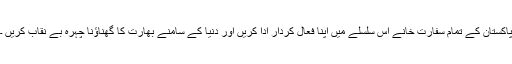
پاکستان کے تمام سفارت خانے اس سلسلے میں اپنا فعال کردار ادا کریں اور دنیا کے سامنے بھارت کا گھناؤنا چہرہ بے نقاب کریں ۔